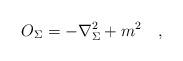
LaTeX: \begin{align*}O_{\Sigma}=-\nabla^2_{\Sigma}+m^2~~~,\end{align*}